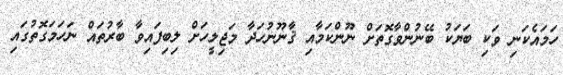
ހަމައެކަނި ވަކި ބަޔަކު ބޭނުންވާގޮތަށް ނޫންކަމާއި ޤާނޫނުހަދާ މަޖިލީހަށް ލިބިފައިވާ ބާރުތައް ނަހަމަގޮތުގައި